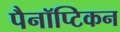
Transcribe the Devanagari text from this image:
पैनॉप्टिकन